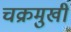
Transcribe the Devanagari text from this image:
चक्रमुखी